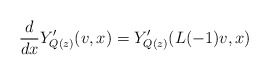
\begin{align*}\frac{d}{dx}Y'_{Q(z)}(v, x)=Y'_{Q(z)}(L(-1)v, x)\end{align*}